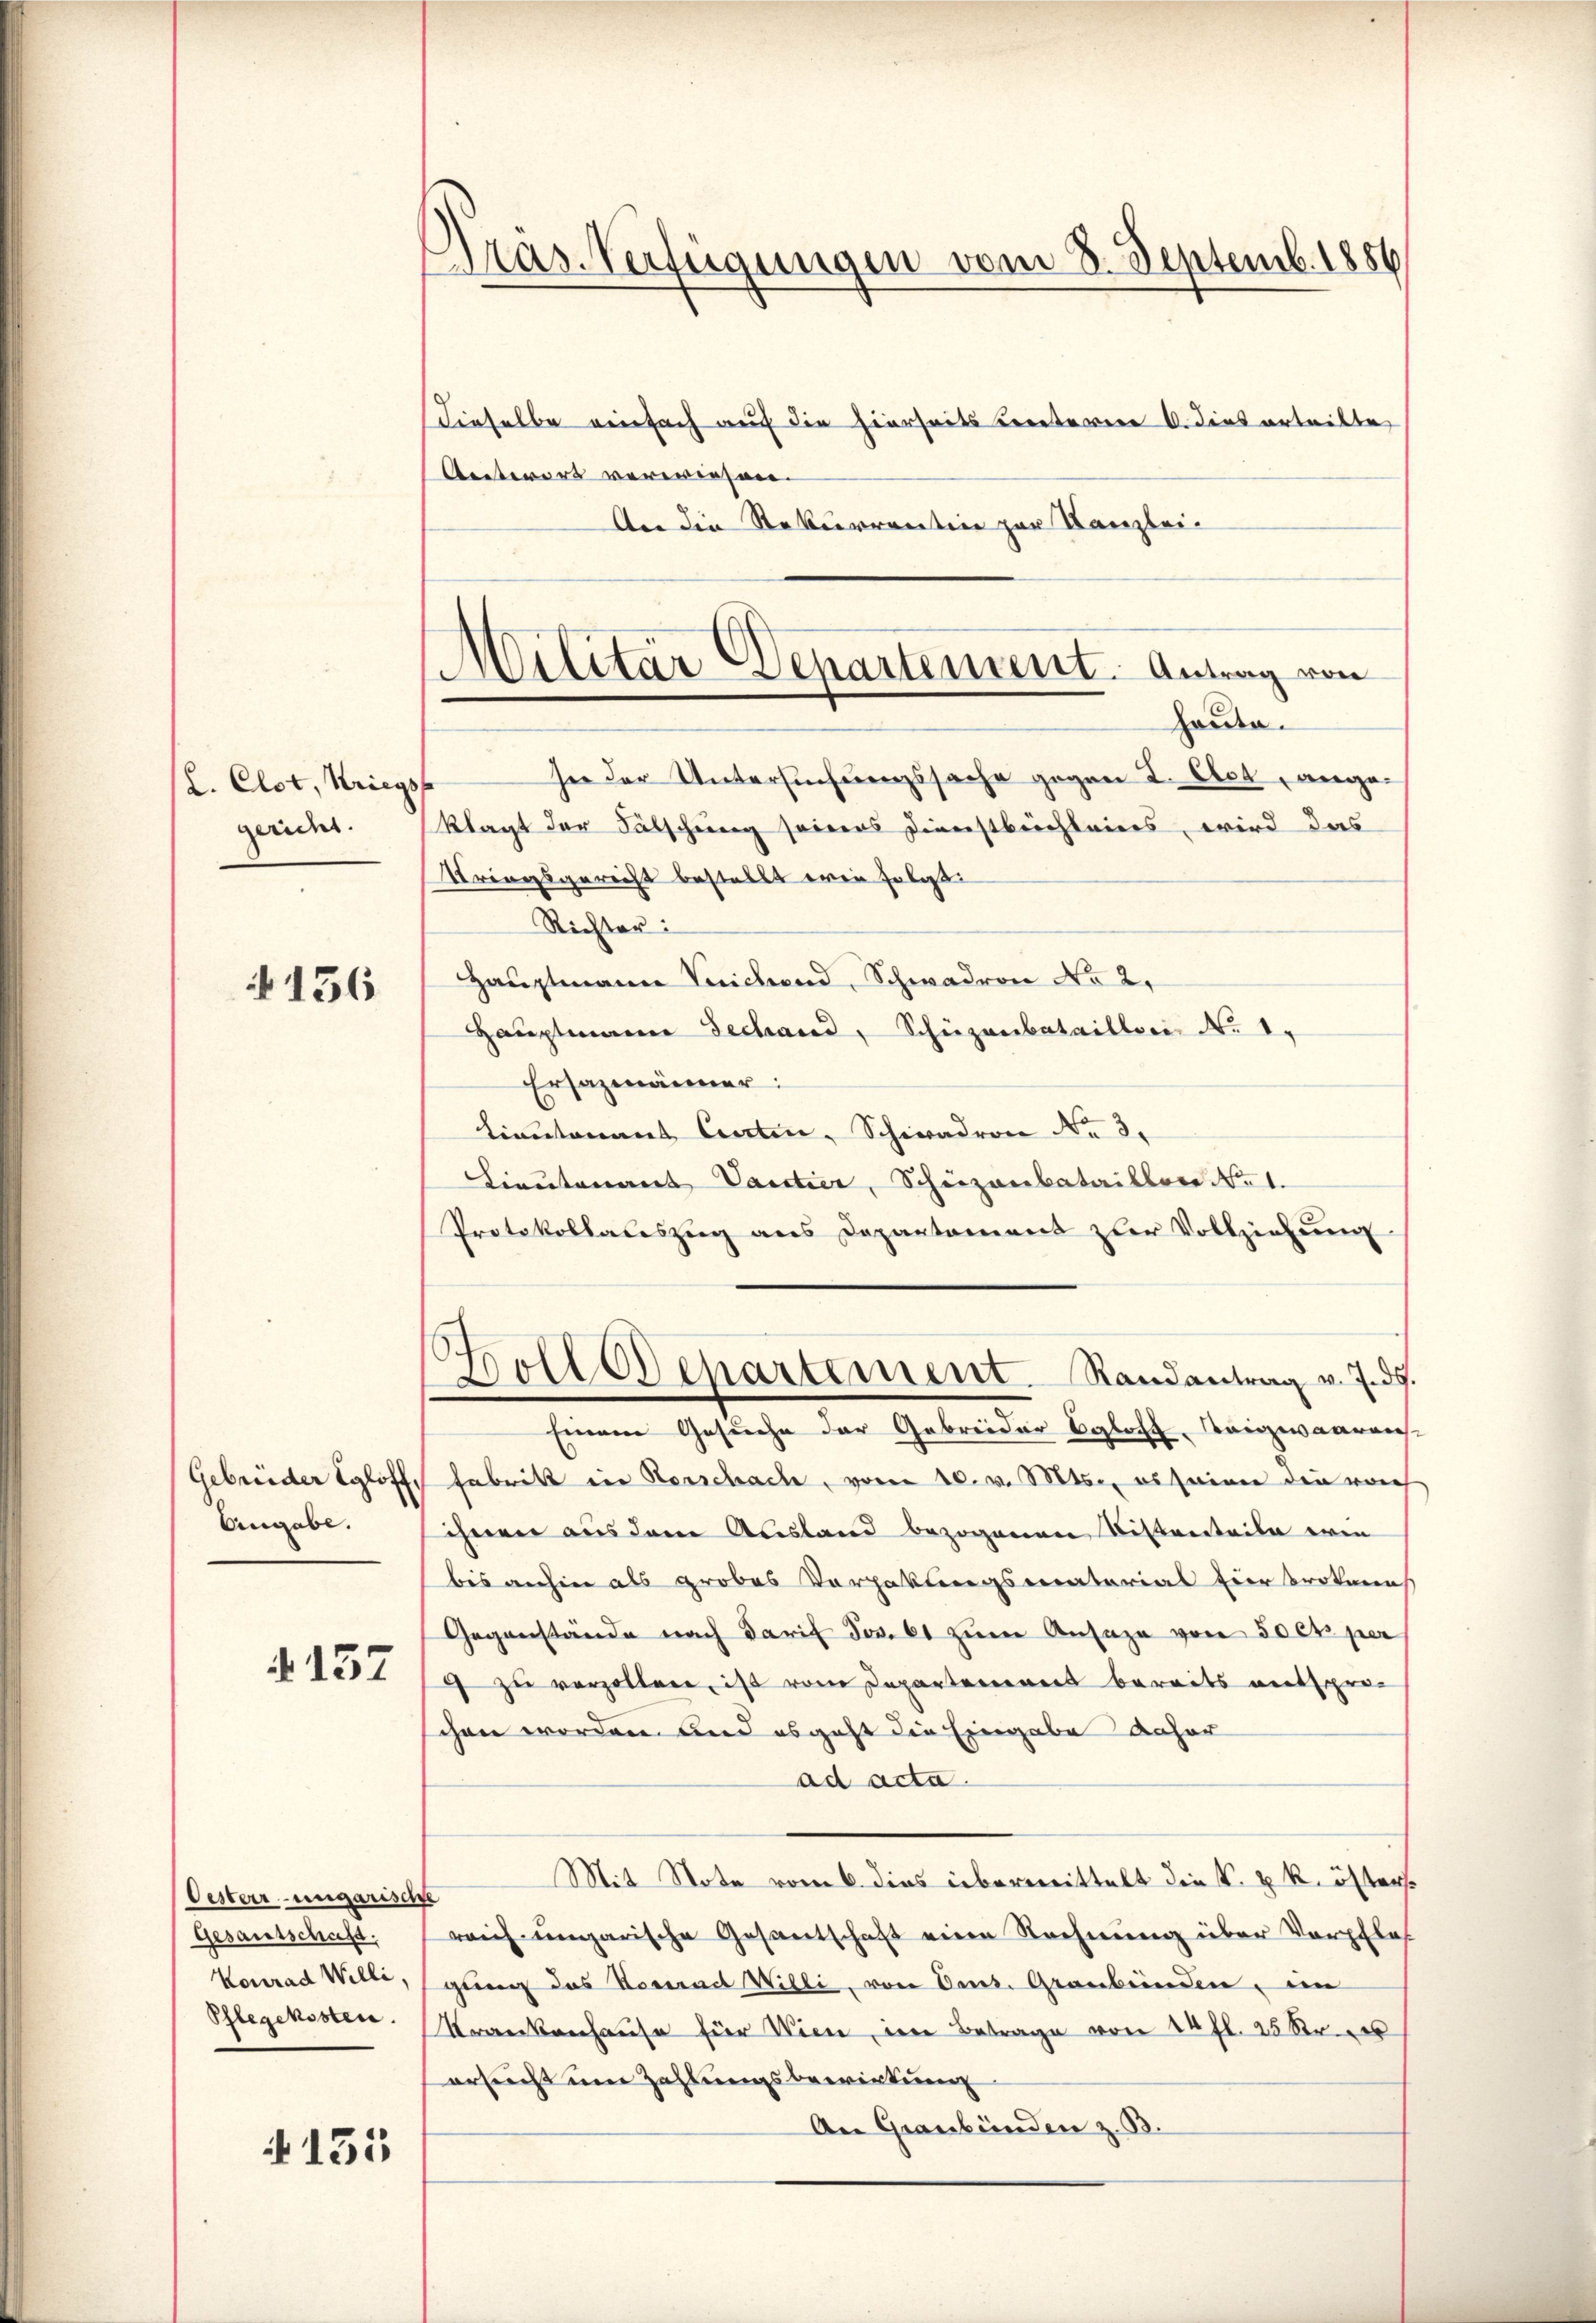
L. Clot, Kriegs
gericht.

156

Gebrüder Egloff,
Eingabe.

4137

Oesterr-ungarisch
Gesantschaft.
Konrad Willi,
Pflegekosten.

4155

Pras-Verfügungen vom 8. Septemb. 1856

Militär Departement. Antrag von
orden.

dieselbe einfach auf die hierseits vereterien 6. dies erteilte
Antwort verwiesen.
An die Rekurrention zur Kanzlei-
see der Untersuchungssache gegen L. Ehet, angeklagt der Fälschung seines Dienstbeichleiers, wird das
Stringsgericht bestellt ein solat
Richter:
Hauptmann Teichend, Schwadron No 2.
Hauptmann Gechand, Schüzanbataillori No 1.
Ersazmänner:
Lieutenant Carten, Schwadron Nr. 3.
Lieutenant Vantier, Schuzanbataillose No. 1.
Protokollateszŭg ans Departement zur Vollziehŭng
Holl Departement Randantrag v. J. ds.
Einem Gesuche der Gebreider Eglofz, Teigwaarens¬
Fabrikt in Kerschache, vom 10. v. Mts., es seiner die nach
ihnen aus dem Ausland bezogenen Distanteile erin
bis anhin als grobes Vorgabungsmaterial Eier Brokenes
Gegenstände nach Tarif Jos. 61 zum Ansage von 50 Exper
9 zŭ verzollen, ist vom Departement bereits entspreschon worden und es geht die Eingabe daher
ad acta.
Mit Note vom 6. dies übermittelt die k. k. k. österss
reich ungarische Gesantschaft eine Rechnung über Verpflas
gung des Konrad Willi, von Amt. Graubünden, in
Krankenhause für Wien, in Betrage von 14 fl. 25 Kr
ersucht um Zahlungsbewirkung
An Graubünden z. B.